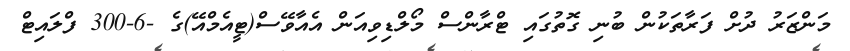
މަންޒަރު ދުށް ފަރާތަކުން ބުނި ގޮތުގައި ޓްރާންސް މޯލްޑިވިއަން އެއާވޭސް(ޓީއެމްއޭ)ގެ -6-300 ފްލައިޓް